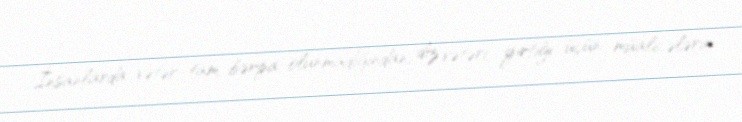
İnsanlarda vətər tam bərpa olunmadığından, diz vətəri yırtığı üçün müalicələrin